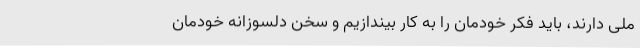
ملی دارند، باید فکر خودمان را به کار بیندازیم و سخن دلسوزانه خودمان